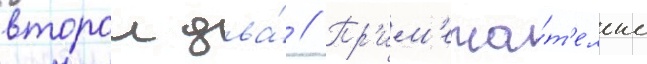
второи два́ // Пр'им'еча́т'ельно